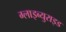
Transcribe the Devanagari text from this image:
ग्लाइब्युराइड